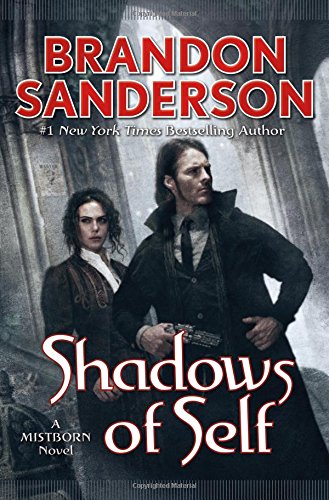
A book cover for Shadows of Self (Mistborn); Brandon Sanderson; Science Fiction & Fantasy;